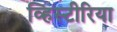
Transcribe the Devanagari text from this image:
व्हिस्टीरिया